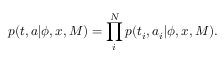
p ( t , a | \phi , x , M ) = \prod _ { i } ^ { N } p ( t _ { i } , a _ { i } | \phi , x , M ) .